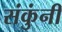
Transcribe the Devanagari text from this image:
संकुंनी